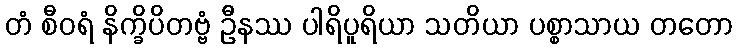
တံ စီဝရံ နိက္ခိပိတဗ္ဗံ ဦနဿ ပါရိပူရိယာ သတိယာ ပစ္စာသာယ တတော